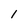
Character: 1